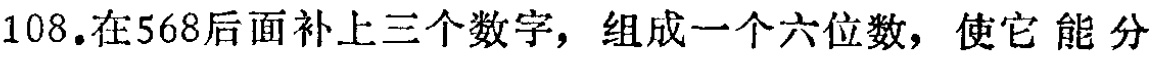
108.在568后面补上三个数字，组成一个六位数，使它 能分